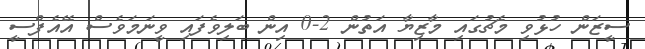
ސީޒަން ހުޅުވި މެޗުގައި މާޒިޔާ އަތުން 2-0 އިން ބަލިވެފައި ވީނަމަވެސް އޭއެފްސީ